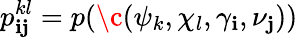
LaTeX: p_{\mathbf{i}\mathbf{j}}^{kl}=p(\c{(}\psi_{k},\chi_{l},\gamma_{\mathbf{i}},\nu_{\mathbf{j}}))